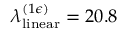
\lambda _ { \mathrm { l i n e a r } } ^ { ( 1 \epsilon ) } = 2 0 . 8